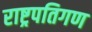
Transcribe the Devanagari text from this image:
राष्ट्रपतिगण